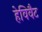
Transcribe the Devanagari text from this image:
हेविवैट